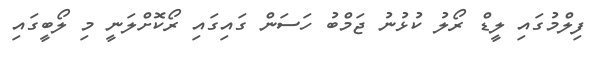
ފިލްމުގައި ލީޑް ރޯލު ކުޅުނު ޖަމްބު ހަސަން ގައިގައި ރޯކޮށްލަނީ މި ލޯބީގައި